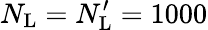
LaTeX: N_{\mathrm{L}}=N_{\mathrm{L}}^{\prime}=1000